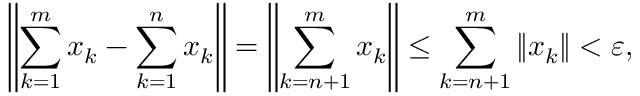
\left\| \sum _ { k = 1 } ^ { m } x _ { k } - \sum _ { k = 1 } ^ { n } x _ { k } \right\| = \left\| \sum _ { k = n + 1 } ^ { m } x _ { k } \right\| \leq \sum _ { k = n + 1 } ^ { m } \| x _ { k } \| < \varepsilon ,